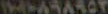
١٨٠٨٩٨٩٥٣